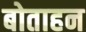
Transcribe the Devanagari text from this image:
बोताहन